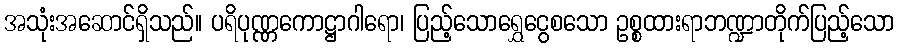
အသုံးအဆောင်ရှိသည်။ ပရိပုဏ္ဏကောဋ္ဌာဂါရော၊ ပြည့်သောရွှေငွေစသော ဥစ္စထားရာဘဏ္ဍာတိုက်ပြည့်သော